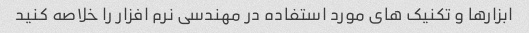
ابزارها و تکنیک های مورد استفاده در مهندسی نرم افزار را خلاصه کنید